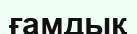
ғамдық